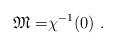
LaTeX: \begin{align*}\mathfrak{M=}\chi ^{-1}(0)~.\end{align*}